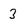
Character: 3